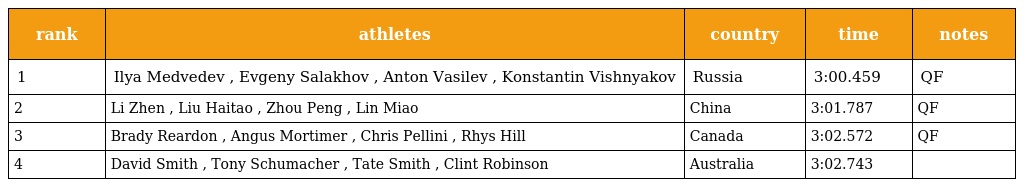
| rank | athletes | country | time | notes |
 | --- | --- | --- | --- | --- |
 | 1 | Ilya Medvedev , Evgeny Salakhov , Anton Vasilev , Konstantin Vishnyakov | Russia | 3:00.459 | QF |
 | 2 | Li Zhen , Liu Haitao , Zhou Peng , Lin Miao | China | 3:01.787 | QF |
 | 3 | Brady Reardon , Angus Mortimer , Chris Pellini , Rhys Hill | Canada | 3:02.572 | QF |
 | 4 | David Smith , Tony Schumacher , Tate Smith , Clint Robinson | Australia | 3:02.743 |  |